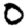
Digit: 0